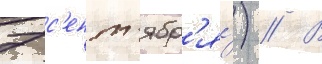
7 с'ент'ябр'я́) // В